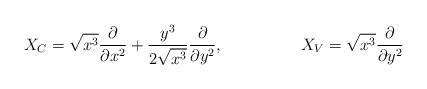
LaTeX: \begin{align*}X_{C}=\sqrt{x^3}\dfrac{\partial}{\partial x^2}+\dfrac{y^3}{2\sqrt{x^3}}\dfrac{\partial}{\partial y^2}, & & X_{V}=\sqrt{x^3}\dfrac{\partial}{\partial y^2}\end{align*}